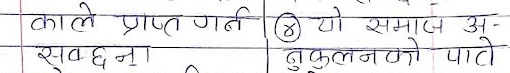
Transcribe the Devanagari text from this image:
काले प्राप्त गर्न
सुवधना
(8) यो समाज अ-
अनुकूलनको पाटो